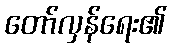
တော်လှန်ရေး၏